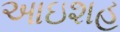
આઇશહ